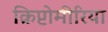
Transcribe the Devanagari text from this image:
क्रिप्टोमीरिया